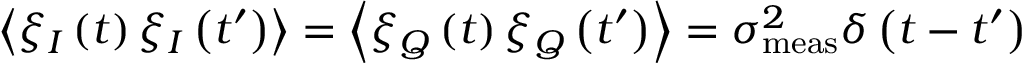
\left\langle \xi _ { I } \left( t \right) \xi _ { I } \left( t ^ { \prime } \right) \right\rangle = \left\langle \xi _ { Q } \left( t \right) \xi _ { Q } \left( t ^ { \prime } \right) \right\rangle = \sigma _ { \mathrm { m e a s } } ^ { 2 } \delta \left( t - t ^ { \prime } \right)